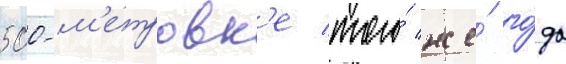
500-м'етровк'е того́ же́ го́да